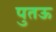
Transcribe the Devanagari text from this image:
पुतऊ